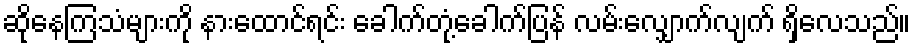
ဆိုနေကြသံများကို နားထောင်ရင်း ခေါက်တုံ့ခေါက်ပြန် လမ်းလျှောက်လျက် ရှိလေသည်။